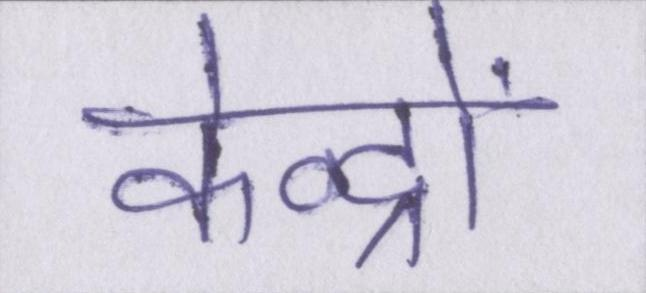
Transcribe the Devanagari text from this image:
केन्द्रों